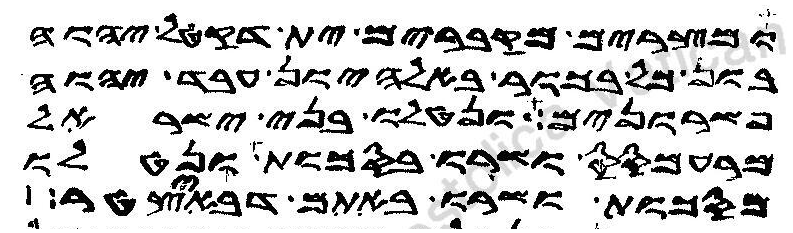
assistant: ומצרים מקברים ית דקטל יהוה
בון כל בכור ובאלהיון עבד יהוה
פשרונים ונטלו בני ישראל
מרעמסס ושרו בסכות ונטלו
מסכות ושרו באתם דבאיצטר